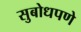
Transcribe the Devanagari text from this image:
सुबोधपणे